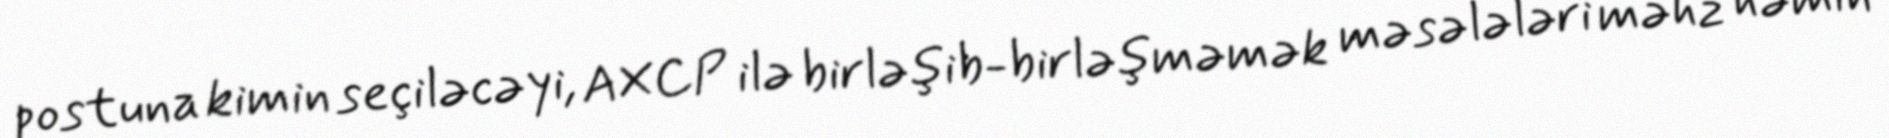
postuna kimin seçiləcəyi, AXCP ilə birləşib-birləşməmək məsələləri məhz həmin